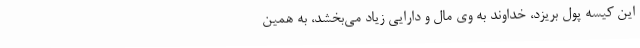
این کیسه پول بریزد، خداوند به وی مال و دارایی زیاد می‌بخشد، به همین